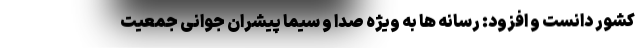
کشور دانست و افزود: رسانه ها به ویژه صدا و سیما پیشران جوانی جمعیت